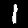
Digit: 1